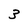
Character: 3